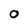
Character: O